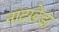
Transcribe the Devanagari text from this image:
नांदखेडा